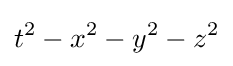
t^{2}-x^{2}-y^{2}-z^{2}